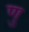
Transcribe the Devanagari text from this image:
णु